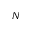
N